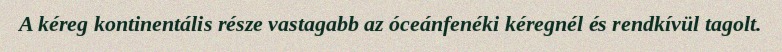
A kéreg kontinentális része vastagabb az óceánfenéki kéregnél és rendkívül tagolt.